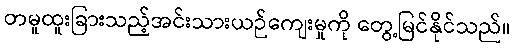
တမူထူးခြားသည့်အင်းသားယဉ်ကျေးမှုကို တွေ့မြင်နိုင်သည်။